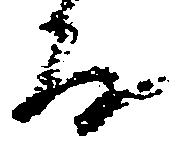
房